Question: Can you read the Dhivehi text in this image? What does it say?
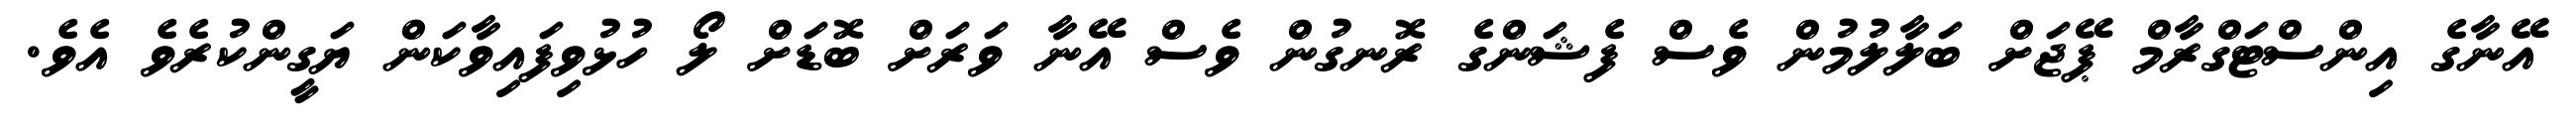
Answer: އޭނާގެ އިންސްޓަގްރާމް ޕޭޖަށް ބަލާލުމުން ވެސް ފެޝަންގެ ރޮނގުން ވެސް އޭނާ ވަރަށް ބޮޑަށް ލޯ ހުޅުވިފައިވާކަން ޔަގީންކުރެވެ އެވެ.